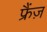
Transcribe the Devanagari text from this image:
फ्रैंज़